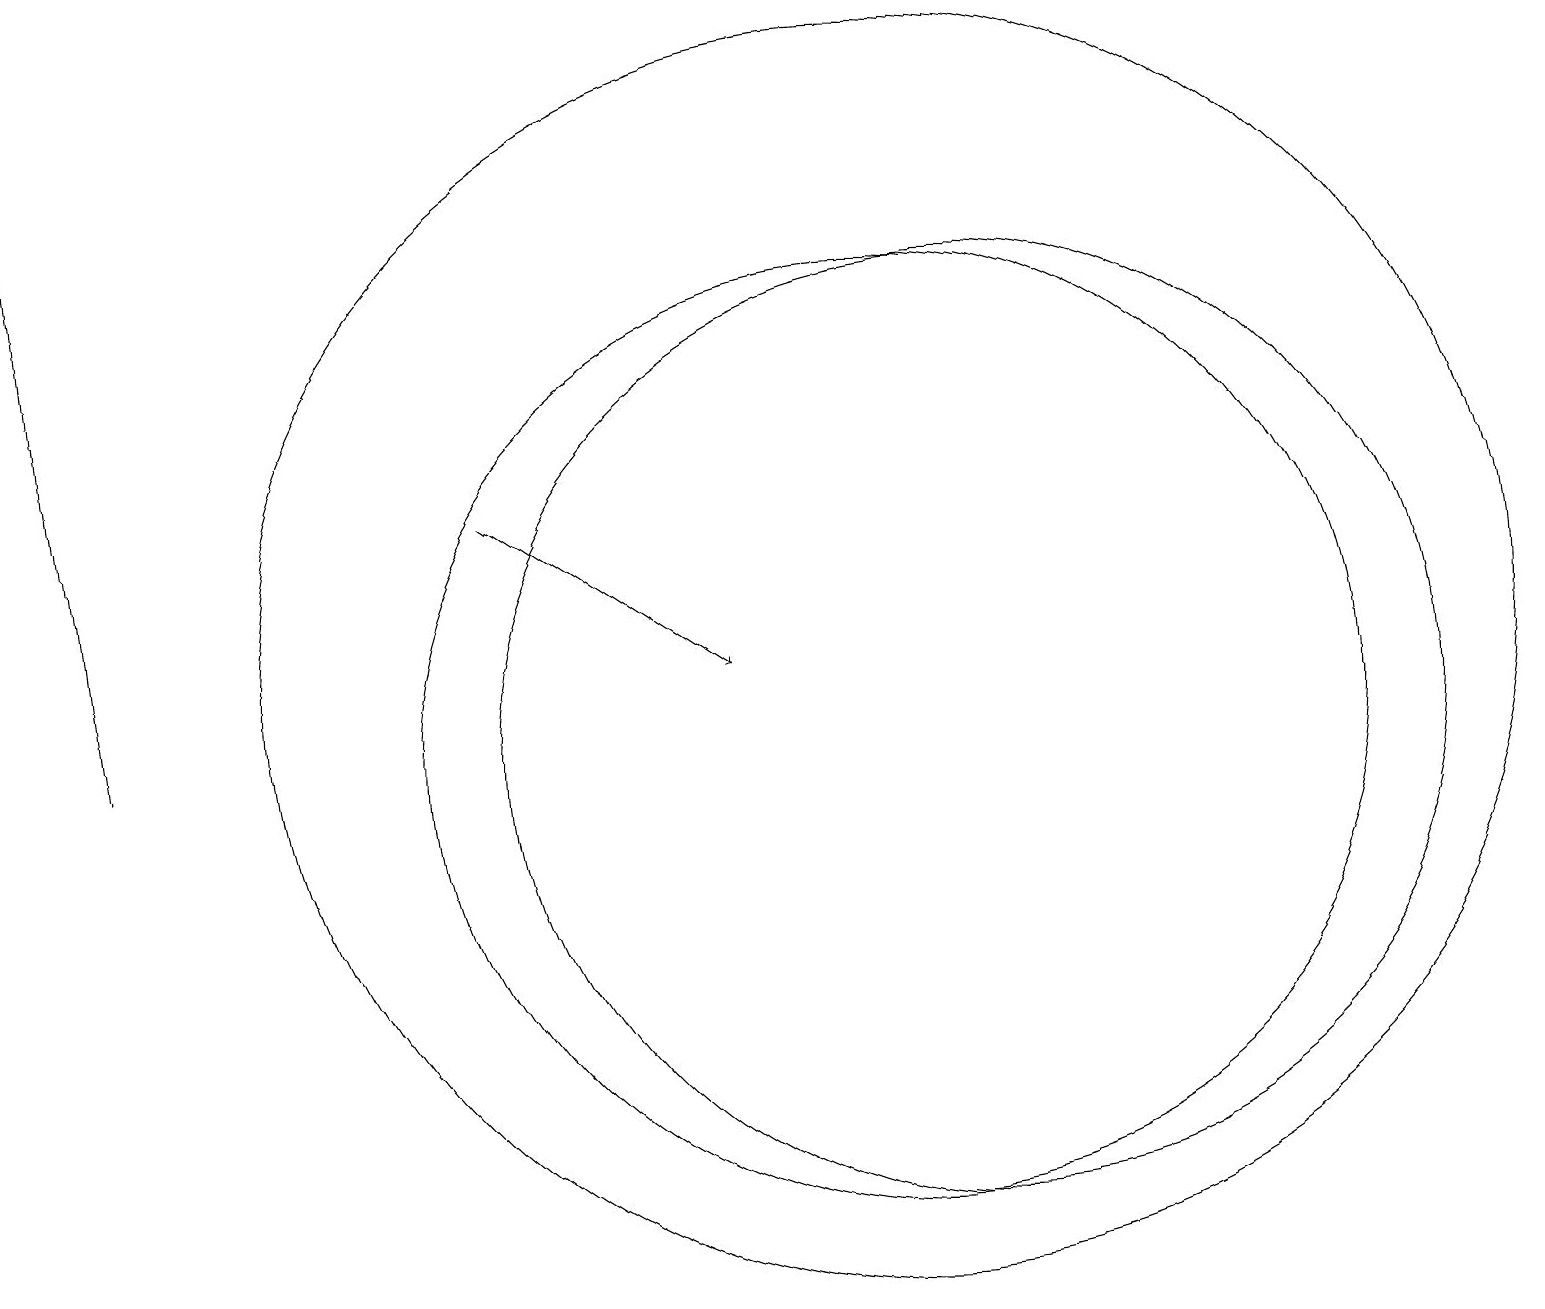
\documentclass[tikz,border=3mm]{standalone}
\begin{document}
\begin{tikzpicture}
\draw (12,10) circle (6);
\draw (11,11) circle (8);
\draw[->] (1,10) -- (0,19);
\draw[->] (6,13) -- (9,11);
\draw (11,10) circle (6);
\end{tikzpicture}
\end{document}